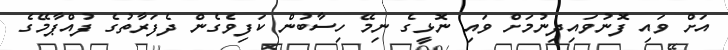
އަށް ވައި ފޮނުވައިދިނުމަށް ވައި ނޮޅީގެ ނިމޭ ހިސާބުން ކަފިވެގެން ދެފަރާތުގެ ފުއްޕާމޭގެ